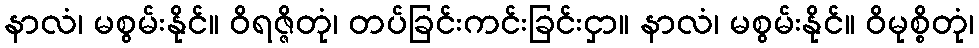
နာလံ၊ မစွမ်းနိုင်။ ဝိရဇ္ဇိတုံ၊ တပ်ခြင်းကင်းခြင်းငှာ။ နာလံ၊ မစွမ်းနိုင်။ ဝိမုစ္စိတုံ၊